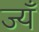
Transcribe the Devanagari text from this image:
ज्यँ